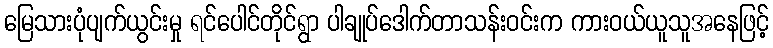
မြေသားပုံပျက်ယွင်းမှု ရင်ပေါင်တိုင်ရွာ ပါချုပ်ဒေါက်တာသန်းဝင်းက ကားဝယ်ယူသူအနေဖြင့်